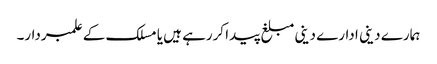
ہمارے دینی ادارے دینی مبلغ پیدا کررہے ہیں یا مسلک کے علمبردار۔